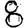
Digit: 8